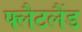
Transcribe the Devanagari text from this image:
फ्लैटलैंड